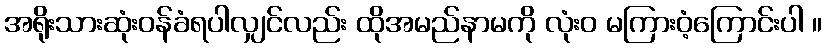
အရိုးသားဆုံးဝန်ခံရပါလျှင်လည်း ထိုအမည်နာမကို လုံးဝ မကြားဝံ့ကြောင်းပါ ။